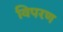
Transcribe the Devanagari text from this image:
विपरण